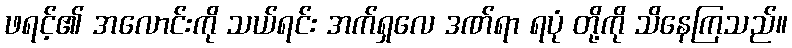
ဖရင့်၏ အလောင်းကို သယ်ရင်း အက်ရှလေ ဒဏ်ရာ ရပုံ တို့ကို သိနေကြသည်။